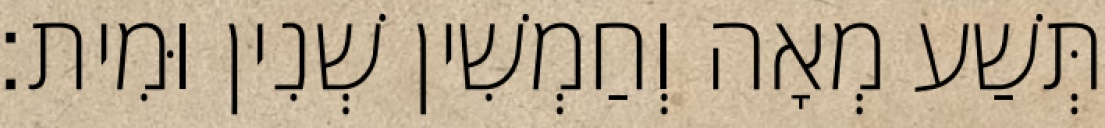
תְּשַׁע מְאָה וְחַמְשִׁין שְׁנִין וּמִית׃